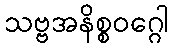
သဗ္ဗအနိစ္စဝဂ္ဂေါ